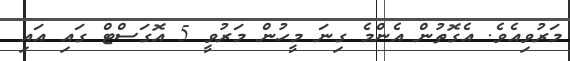
މަރުވިއެވެ. އެގޮތުން އެންމެ ގިނަ މީހުން މަރުވީ 5 އޮގަސްޓް ގައި އައި